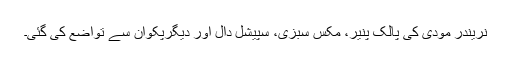
نریندر مودی کی پالک پنیر، مکس سبزی، سپیشل دال اور دیگرپکوان سے تواضع کی گئی۔